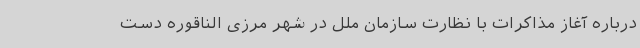
درباره آغاز مذاکرات با نظارت سازمان ملل در شهر مرزی الناقوره دست